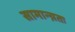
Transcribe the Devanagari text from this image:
सामान्य़तः